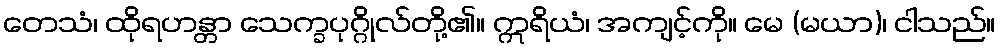
တေသံ၊ ထိုရဟန္တာ သေက္ခပုဂ္ဂိုလ်တို့၏။ ဣရိယံ၊ အကျင့်ကို။ မေ (မယာ)၊ ငါသည်။